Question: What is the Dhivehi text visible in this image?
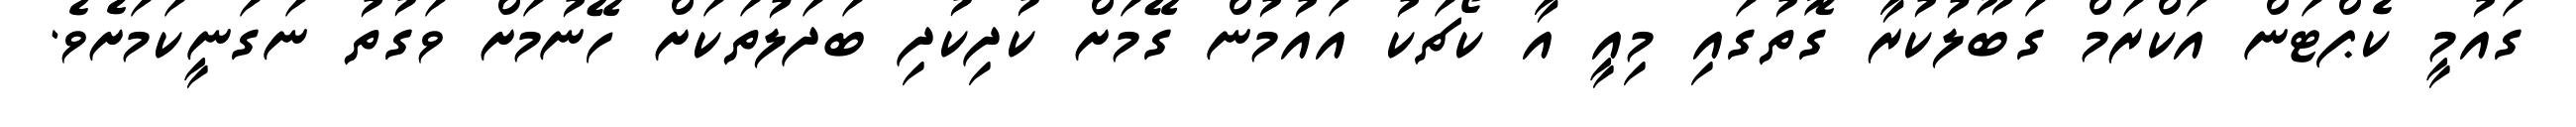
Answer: ގައުމީ ކެޕްޓަން އަކްރަމް ގަބޫލުކުރާ ގޮތުގައި މިއީ އާ ކޯޗަކު އައުމުން ގޭމަށް ކުދިކުދި ބަދަލުތަކަށް ހޭނުމަށް ވަގުތު ނަގަނީކަމަށެވެ.